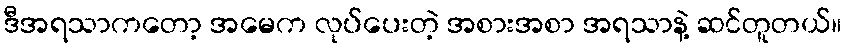
ဒီအရသာကတော့ အမေက လုပ်ပေးတဲ့ အစားအစာ အရသာနဲ့ ဆင်တူတယ်။